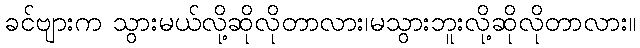
ခင်ဗျားက သွားမယ်လို့ဆိုလိုတာလား၊မသွားဘူးလို့ဆိုလိုတာလား။